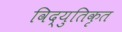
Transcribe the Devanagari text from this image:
विद्युतिकृत